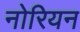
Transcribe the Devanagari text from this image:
नोरियन